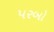
પરબો